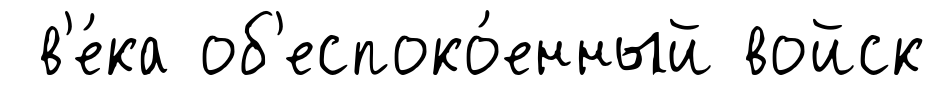
в'е́ка об'еспоко́енный войск